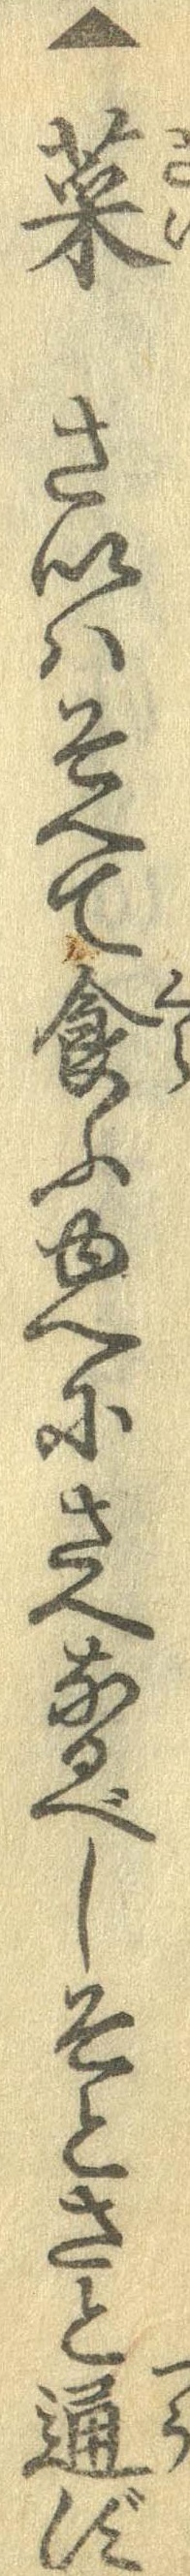
▲菜さいはそへて食ふゆへにさへなるべしそとさと通ず